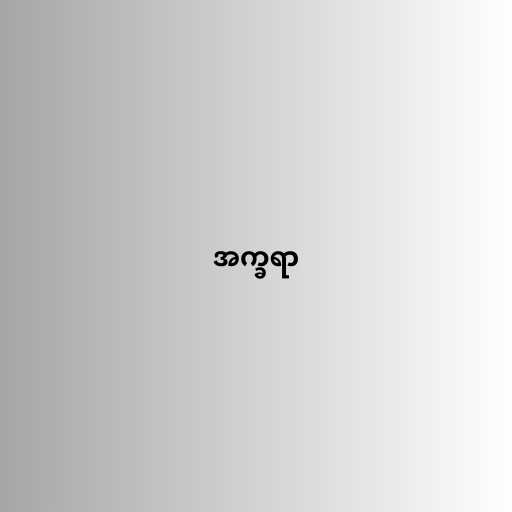
အက္ခရာ